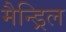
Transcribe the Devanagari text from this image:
मैन्ड्रिल